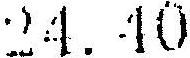
24.40